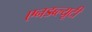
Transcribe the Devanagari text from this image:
एनडब्ल्यूटी